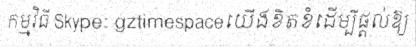
កម្មវិធី Skype: gztimespaceយើងខិតខំដើម្បីផ្តល់ឱ្យ